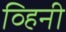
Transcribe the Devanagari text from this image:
व्हिनी